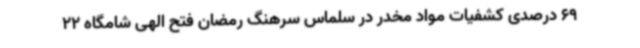
69 درصدی کشفیات مواد مخدر در سلماس سرهنگ رمضان فتح الهی شامگاه 22